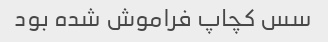
سس کچاپ فراموش شده بود